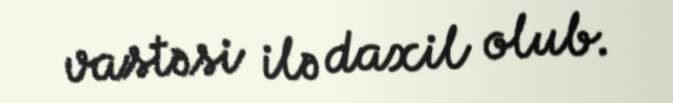
vastəsi ilə daxil olub.